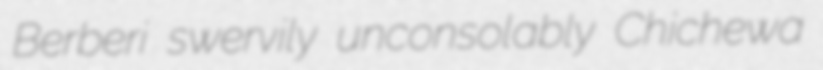
Berberi swervily unconsolably Chichewa